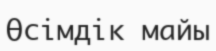
Өсімдік майы